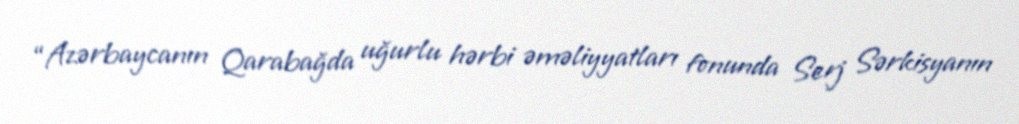
“Azərbaycanın Qarabağda uğurlu hərbi əməliyyatları fonunda Serj Sərkisyanın